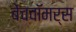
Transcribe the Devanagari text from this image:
बेंचवॉमर्स